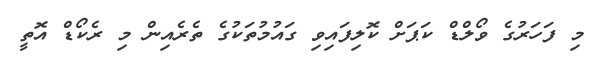
މި ފަހަރުގެ ވޯލްޑް ކަޕަށް ކޮލިފައިވި ގައުމުތަކުގެ ތެރެއިން މި ރެކޯޑް އޮތީ